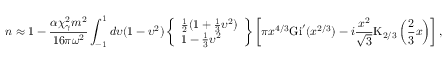
n \approx 1 - \frac { \alpha \chi _ { \gamma } ^ { 2 } m ^ { 2 } } { 1 6 \pi \omega ^ { 2 } } \int _ { - 1 } ^ { 1 } d \upsilon ( 1 - \upsilon ^ { 2 } ) \left\{ \begin{array} { l } { \frac { 1 } { 2 } ( 1 + \frac { 1 } { 3 } \upsilon ^ { 2 } ) } \\ { 1 - \frac { 1 } { 3 } \upsilon ^ { 2 } } \end{array} \right\} \left[ \pi x ^ { 4 / 3 } \mathrm { G i } ^ { \prime } ( x ^ { 2 / 3 } ) - i \frac { x ^ { 2 } } { \sqrt { 3 } } \mathrm { K } _ { 2 / 3 } \left( \frac { 2 } { 3 } x \right) \right] ,